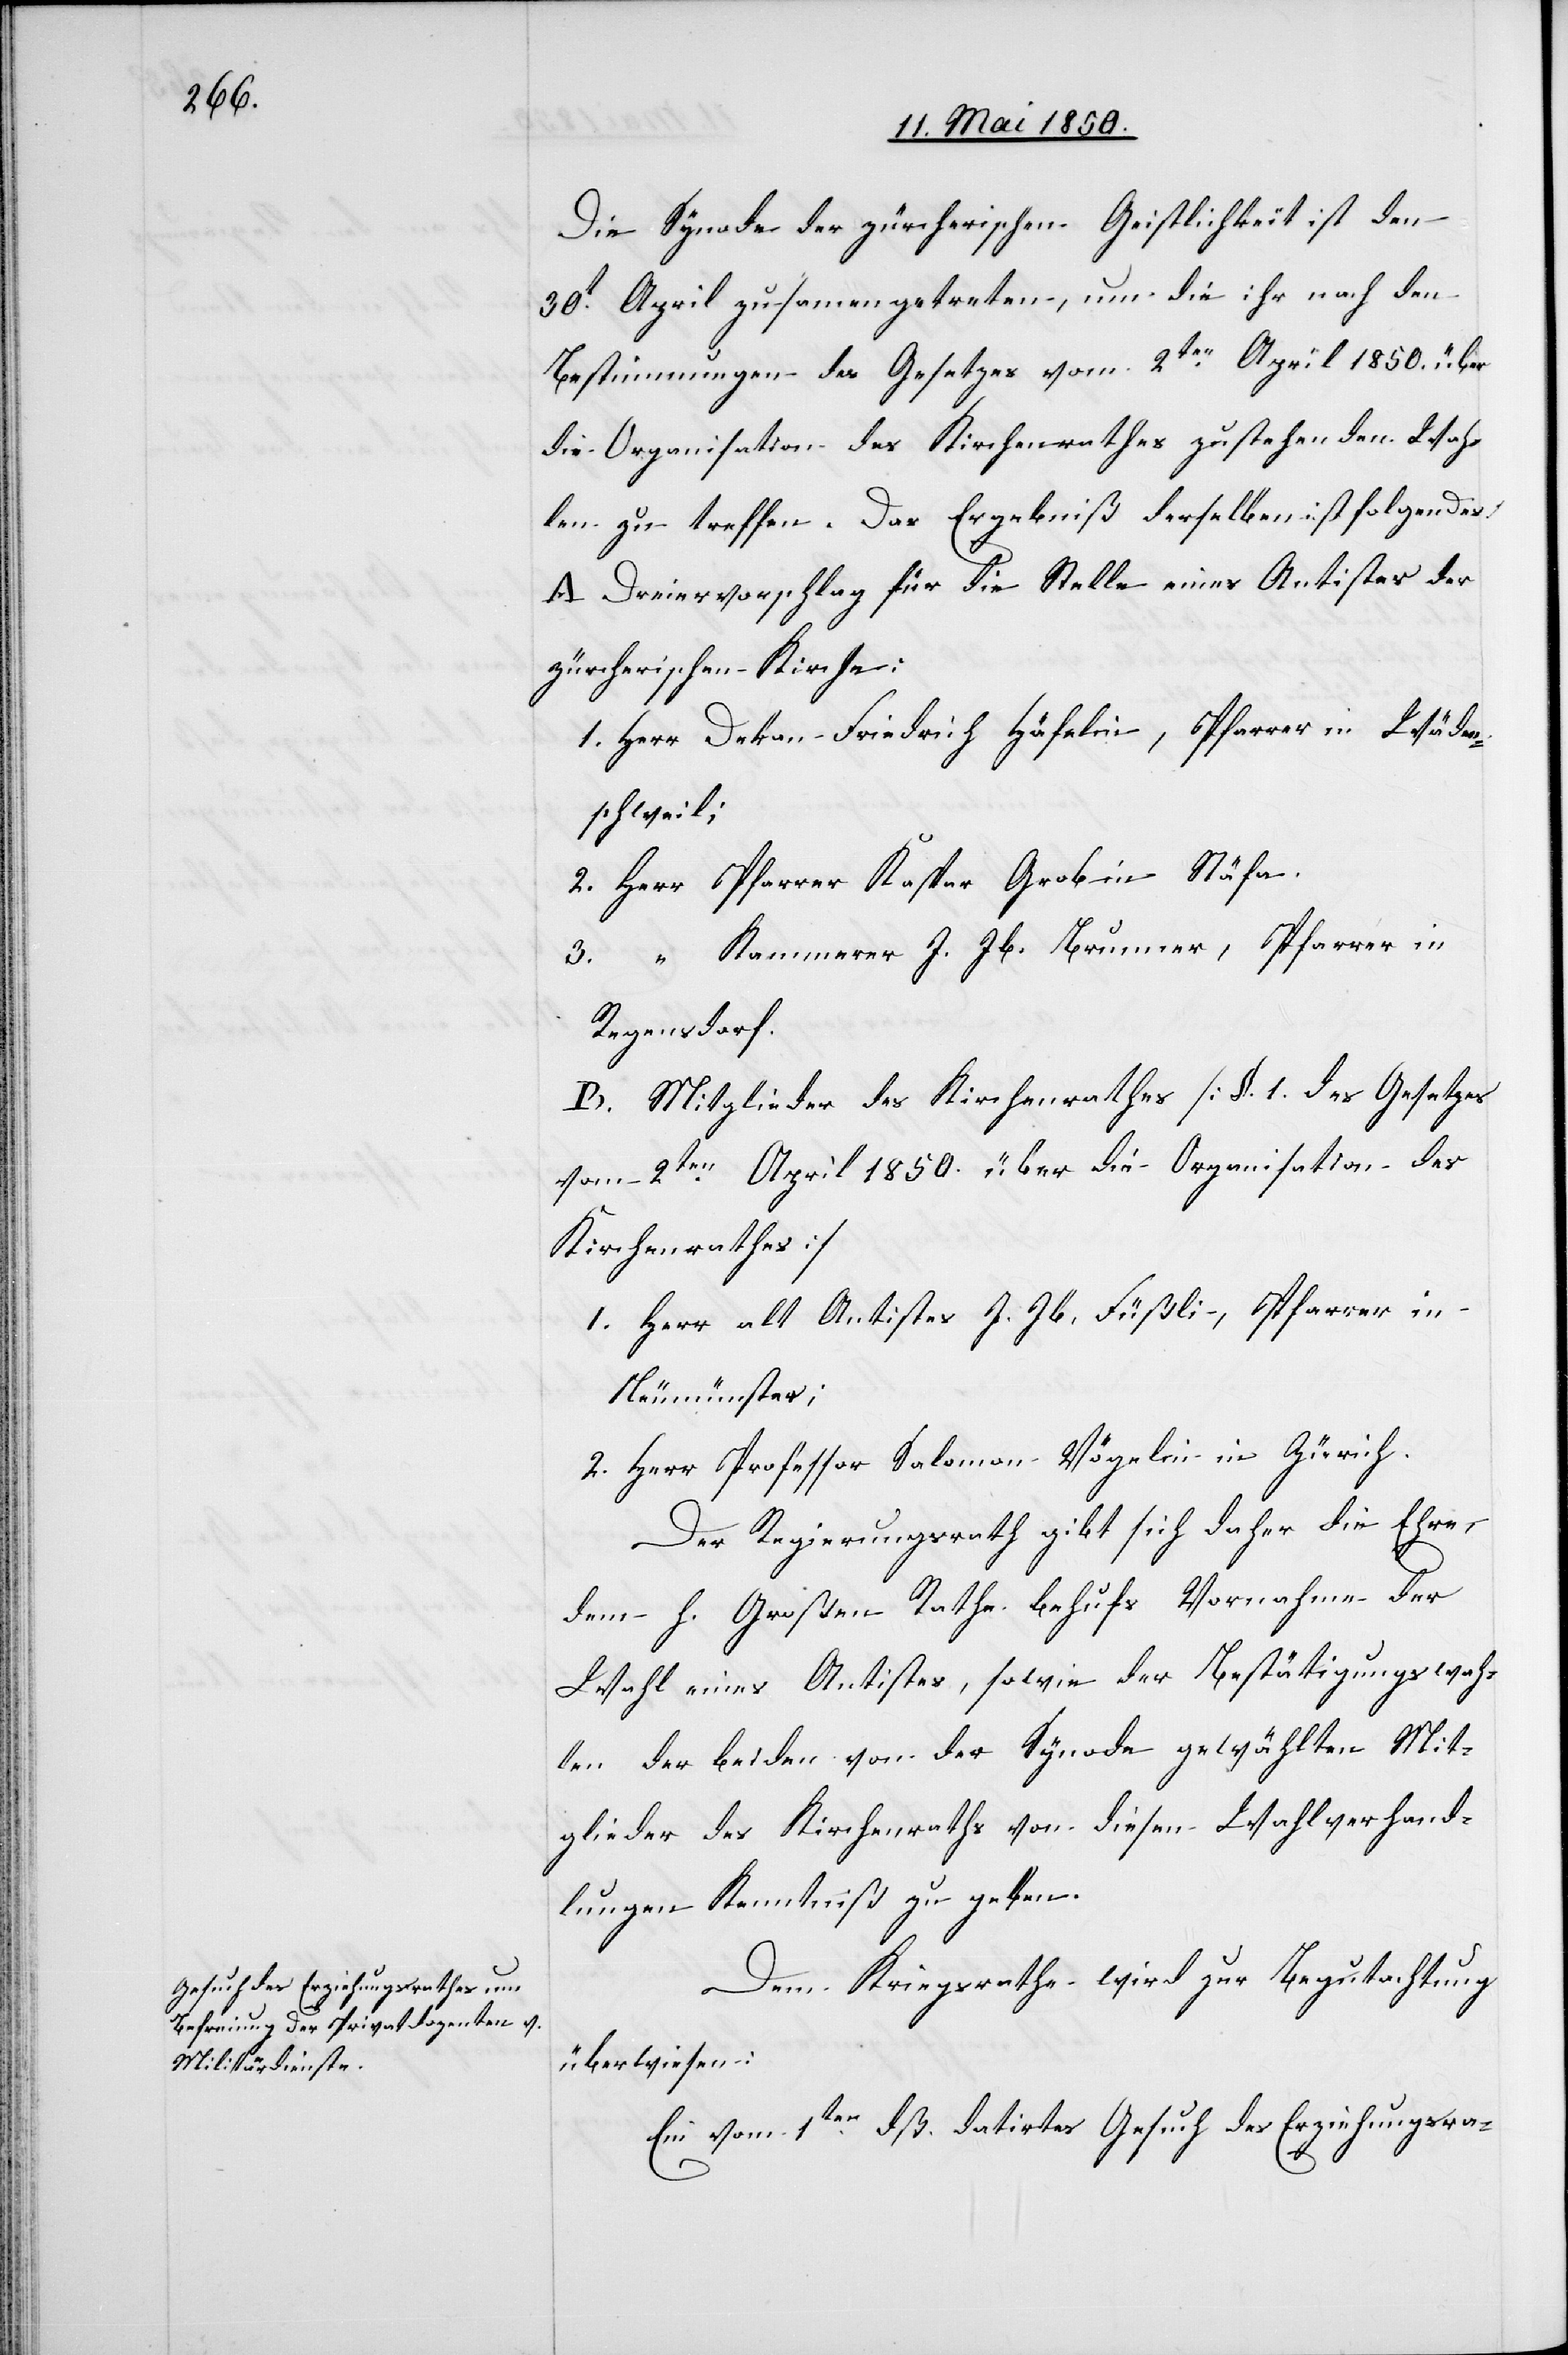
Die Synode der zürcherischen Geistlichkeit ist den
30t April zusammengetreten, um die ihr nach den
Bestimmungen des Gesetzes vom 2ten April 1850. über
die Organisation des Kirchenrathes zustehenden Wah¬
len zu treffen. Das Ergebniß derselben ist folgendes:
A. Dreiervorschlag für die Stelle eines Antistes der
zürcherischen Kirche:
1. Herr Dekan Friedrich Häfelin, Pfarrer in Wäden¬
schweil;
2. Herr Pfarrer Kaspar Grob in Stäfa.
3. “ Kammerer J. Jb. Brunner, Pfarrer in
Regensdorf.
B. Mitglieder des Kirchenrathes [§. 1. des Gesetzes
vom 2ten April 1850 über die Organisation des
Kirchenrathes]
1. Herr alt Antistes J. Jb. Füßli, Pfarrer in
Neumünster;
2. Herr Professor Salomon Vögelin in Zürich.
Der Regierungsrath gibt sich daher die Ehre,
dem h. Großen Rathe behufs Vornahme der
Wahl eines Antistes, sowie der Bestätigungswah¬
len der beiden von der Synode gewählten Mit¬
glieder des Kirchenraths von diesen Wahlverhand¬
lungen Kenntniß zu geben.
Dem Kriegsrathe wird zur Begutachtung
überwiesen:
Ein vom 1ten dß. datirtes Gesuch des Erziehungsra-